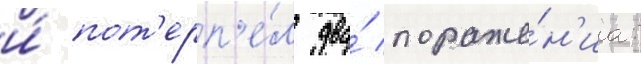
и́ пот'ерп'е́л два́ пораже́н'иа: